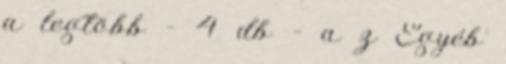
a legtöbb – 4 db – a z Egyéb